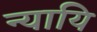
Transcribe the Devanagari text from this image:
न्यायि